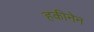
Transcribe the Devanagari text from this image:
हकीनेन